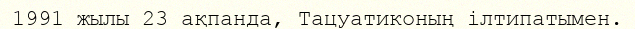
1991 жылы 23 ақпанда, Тацуатиконың ілтипатымен.